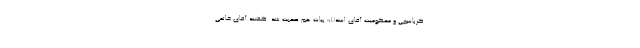
كرباسچى و محكومیت آقای اسدالله بیات هم صحبت شد. گفتند آقاى خاتمى